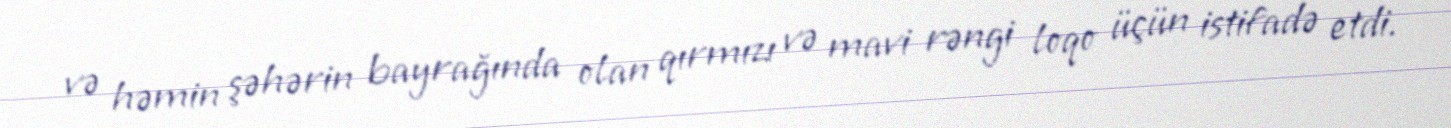
və həmin şəhərin bayrağında olan qırmızı və mavi rəngi loqo üçün istifadə etdi.